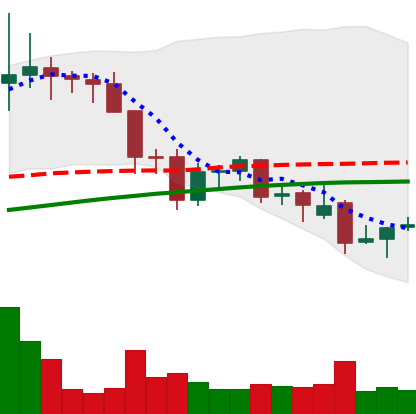
Ticker: LINK-USD
Chart end date: 2021-11-29
Forward return: -17.388%
Label: down_7plus